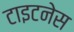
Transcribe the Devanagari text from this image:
टाइटनेस